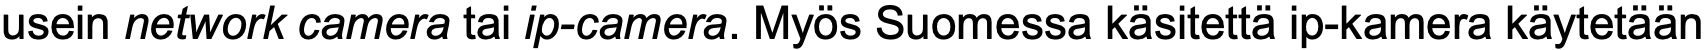
usein network camera tai ip-camera. Myös Suomessa käsitettä ip-kamera käytetään